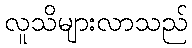
လူသိများလာသည်